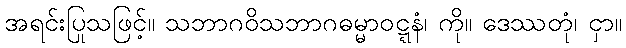
အရင်းပြုသဖြင့်။ သဘာဂဝိသဘာဂဓမ္မာဝဋ္ဋနံ၊ ကို။ ဒေဿတုံ၊ ငှာ။